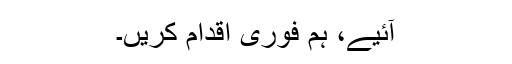
آئيے، ہم فوری اقدام کريں۔